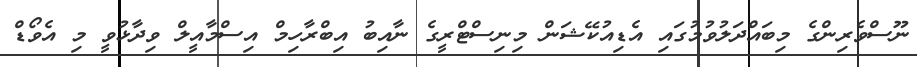
ނޫސްވެރިންގެ މިބައްދަލުވުމުގައި އެޑިއުކޭޝަން މިނިސްޓްރީގެ ނާއިބު އިބްރާހިމް އިސްމާއީލް ވިދާޅުވީ މި އެވޯޑް